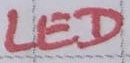
Text: LED